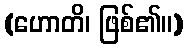
(ဟောတိ၊ ဖြစ်၏။)